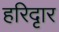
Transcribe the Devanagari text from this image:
हरिदृार